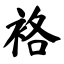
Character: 袼